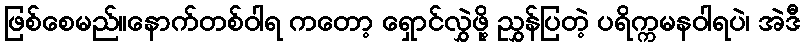
ဖြစ်စေမည်။နောက်တစ်ဝါရ ကတော့ ရှောင်လွှဲဖို့ ညွှန်ပြတဲ့ ပရိက္ကမနဝါရပဲ၊ အဲဒီ